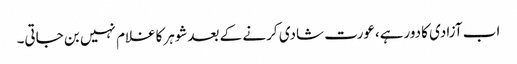
اب آزادی کادورہے،عورت شادی کرنے کے بعدشوہرکاغلام نہیں بن جاتی۔